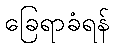
ခြေရာခံရန်